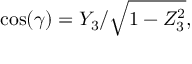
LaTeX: \cos ( \gamma ) = Y _ { 3 } / { \sqrt { 1 - Z _ { 3 } ^ { 2 } } } ,